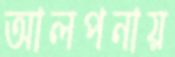
আলপনায়